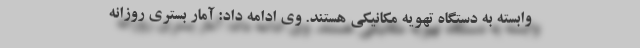
وابسته به دستگاه تهویه‌ مکانیکی هستند. وی ادامه داد: آمار بستری روزانه